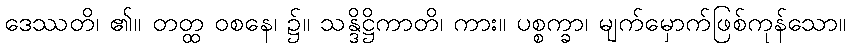
ဒေဿတိ၊ ၏။ တတ္ထ ဝစနေ၊ ၌။ သန္ဒိဋ္ဌိကာတိ၊ ကား။ ပစ္စက္ခာ၊ မျက်မှောက်ဖြစ်ကုန်သော။